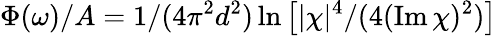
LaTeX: \Phi(\omega)/A=1/(4\pi^{2}d^{2})\ln\left[|\chi|^{4}/(4(\operatorname{Im}\chi)^{2})\right]